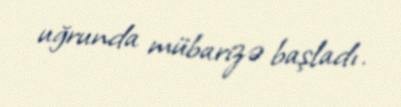
uğrunda mübarizə başladı.